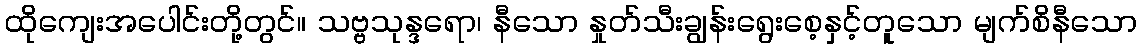
ထိုကျေးအပေါင်းတို့တွင်။ သဗ္ဗသုန္ဒရော၊ နီသော နှုတ်သီးချွန်းရွေးစေ့နှင့်တူသော မျက်စိနီသော